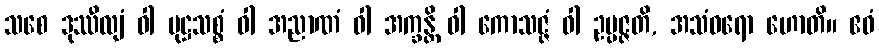
သစေ ဒုဿီလျံ ဝါ မုဋ္ဌသစ္စံ ဝါ အညာဏံ ဝါ အက္ခန္တိ ဝါ ကောသဇ္ဇံ ဝါ ဥပ္ပဇ္ဇတိ, အသံဝရော ဟောတိ။ ဧဝံ